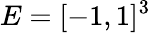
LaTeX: E=[-1,1]^{3}